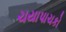
ચયાપાચકો